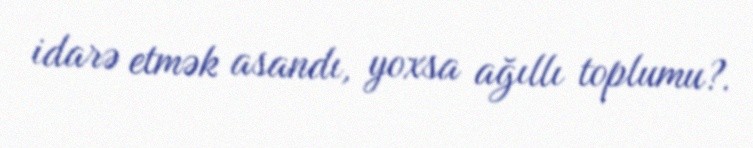
idarə etmək asandı, yoxsa ağıllı toplumu?.